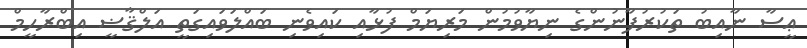
ޢީސާ ނާއިބު ތަކުރުފާނުންގެ ނިޔާވުމުން މަރިޔަމް ފުޅާއި ކައިވެނި ބައްލަވައިގަތީ އަލްޤާޟީ އިބްރާހީމް